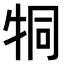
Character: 𤙓